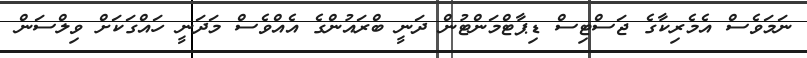
ނަމަވެސް އެމެރިކާގެ ޖަސްޓިސް ޑިޕާޓްމަންޓުން ދަނީ ބްރައުންގެ އެއްވެސް މަދަނީ ހައްގަކަށް ވިލްސަން